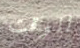
للوقت